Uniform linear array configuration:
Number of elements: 16
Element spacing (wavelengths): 0.5
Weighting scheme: cosine
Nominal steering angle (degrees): -60
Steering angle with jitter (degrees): -60.77
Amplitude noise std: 0.05
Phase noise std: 0.05

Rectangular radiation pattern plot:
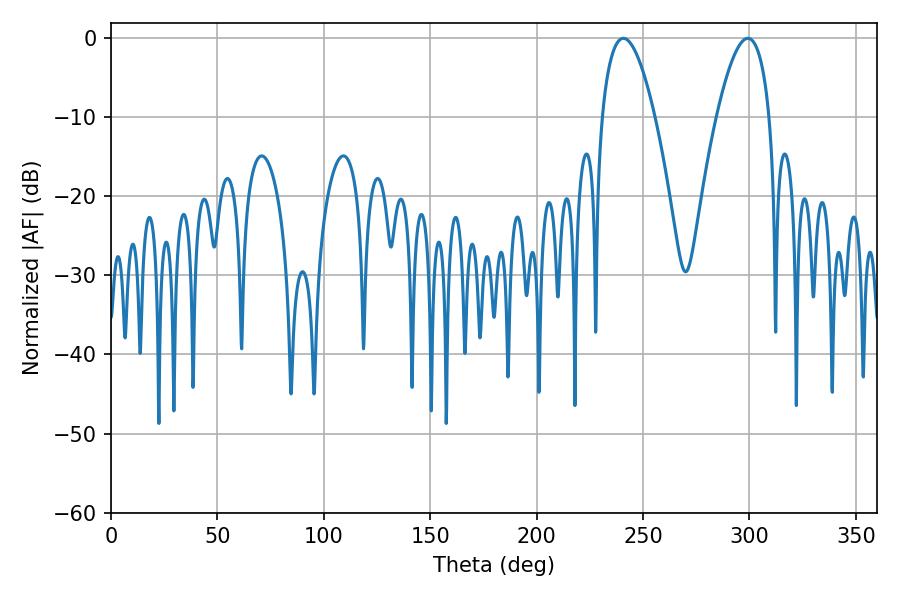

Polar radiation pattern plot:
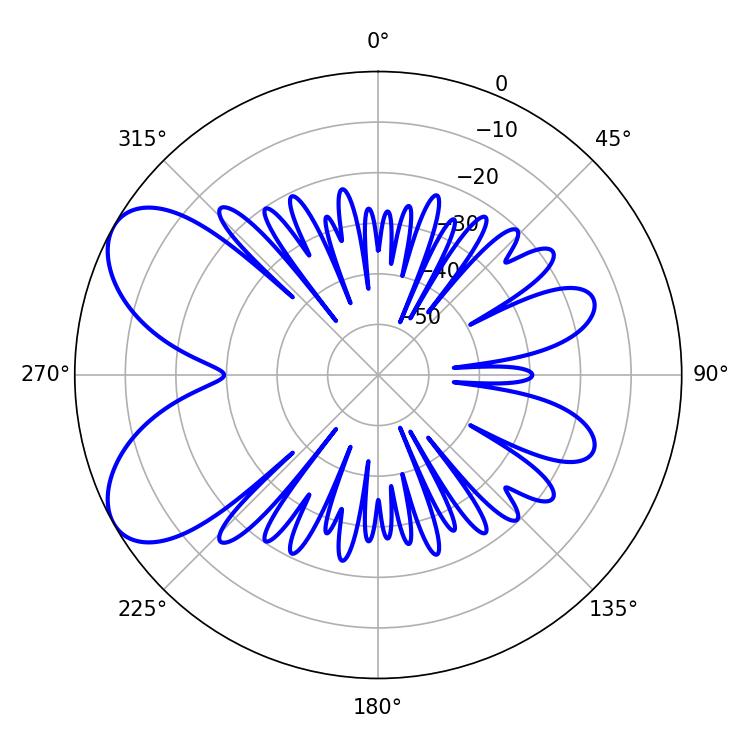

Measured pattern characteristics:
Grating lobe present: FALSE
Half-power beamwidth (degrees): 13.68
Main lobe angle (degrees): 299.34